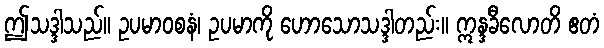
ဤသဒ္ဒါသည်။ ဥပမာဝစနံ၊ ဥပမာကို ဟောသောသဒ္ဒါတည်း။ ဣန္ဒခီလောတိ ဧတံ